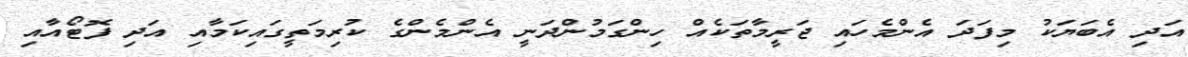
އަދި އެބަޔަކު މިފަދަ އެންމެހައި ޖަރީމާތަކެއް ހިންގަމުންދަނީ އެންމެންގެ ކުރިމަތީގައިކަމާއި އަދި ފޮޓޯއާއި